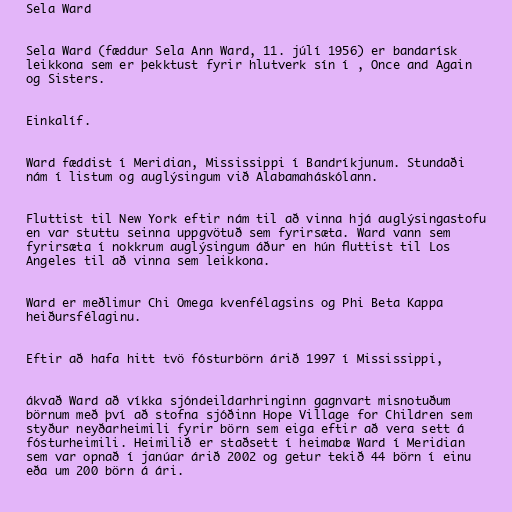
Sela Ward

Sela Ward (fæddur Sela Ann Ward, 11. júlí 1956) er bandarísk
leikkona sem er þekktust fyrir hlutverk sín í , Once and Again
og Sisters.

Einkalíf.

Ward fæddist í Meridian, Mississippi í Bandríkjunum. Stundaði
nám í listum og auglýsingum við Alabamaháskólann.

Fluttist til New York eftir nám til að vinna hjá auglýsingastofu
en var stuttu seinna uppgvötuð sem fyrirsæta. Ward vann sem
fyrirsæta í nokkrum auglýsingum áður en hún fluttist til Los
Angeles til að vinna sem leikkona.

Ward er meðlimur Chi Omega kvenfélagsins og Phi Beta Kappa
heiðursfélaginu.

Eftir að hafa hitt tvö fósturbörn árið 1997 í Mississippi,

ákvað Ward að víkka sjóndeildarhringinn gagnvart misnotuðum
börnum með því að stofna sjóðinn Hope Village for Children sem
styður neyðarheimili fyrir börn sem eiga eftir að vera sett á
fósturheimili. Heimilið er staðsett í heimabæ Ward í Meridian
sem var opnað í janúar árið 2002 og getur tekið 44 börn í einu
eða um 200 börn á ári.